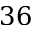
3 6